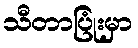
သီတာပြုံးမှာ